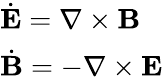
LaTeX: \begin{array}{l}{\dot{\mathbf{E}}=\nabla\times\mathbf{B}}\\ {\dot{\mathbf{B}}=-\nabla\times\mathbf{E}}\end{array}